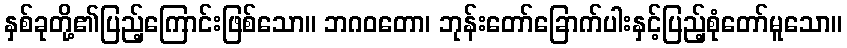
နှစ်ခုတို့၏ပြည့်ကြောင်းဖြစ်သော။ ဘဂဝတော၊ ဘုန်းတော်ခြောက်ပါးနှင့်ပြည့်စုံတော်မူသော။